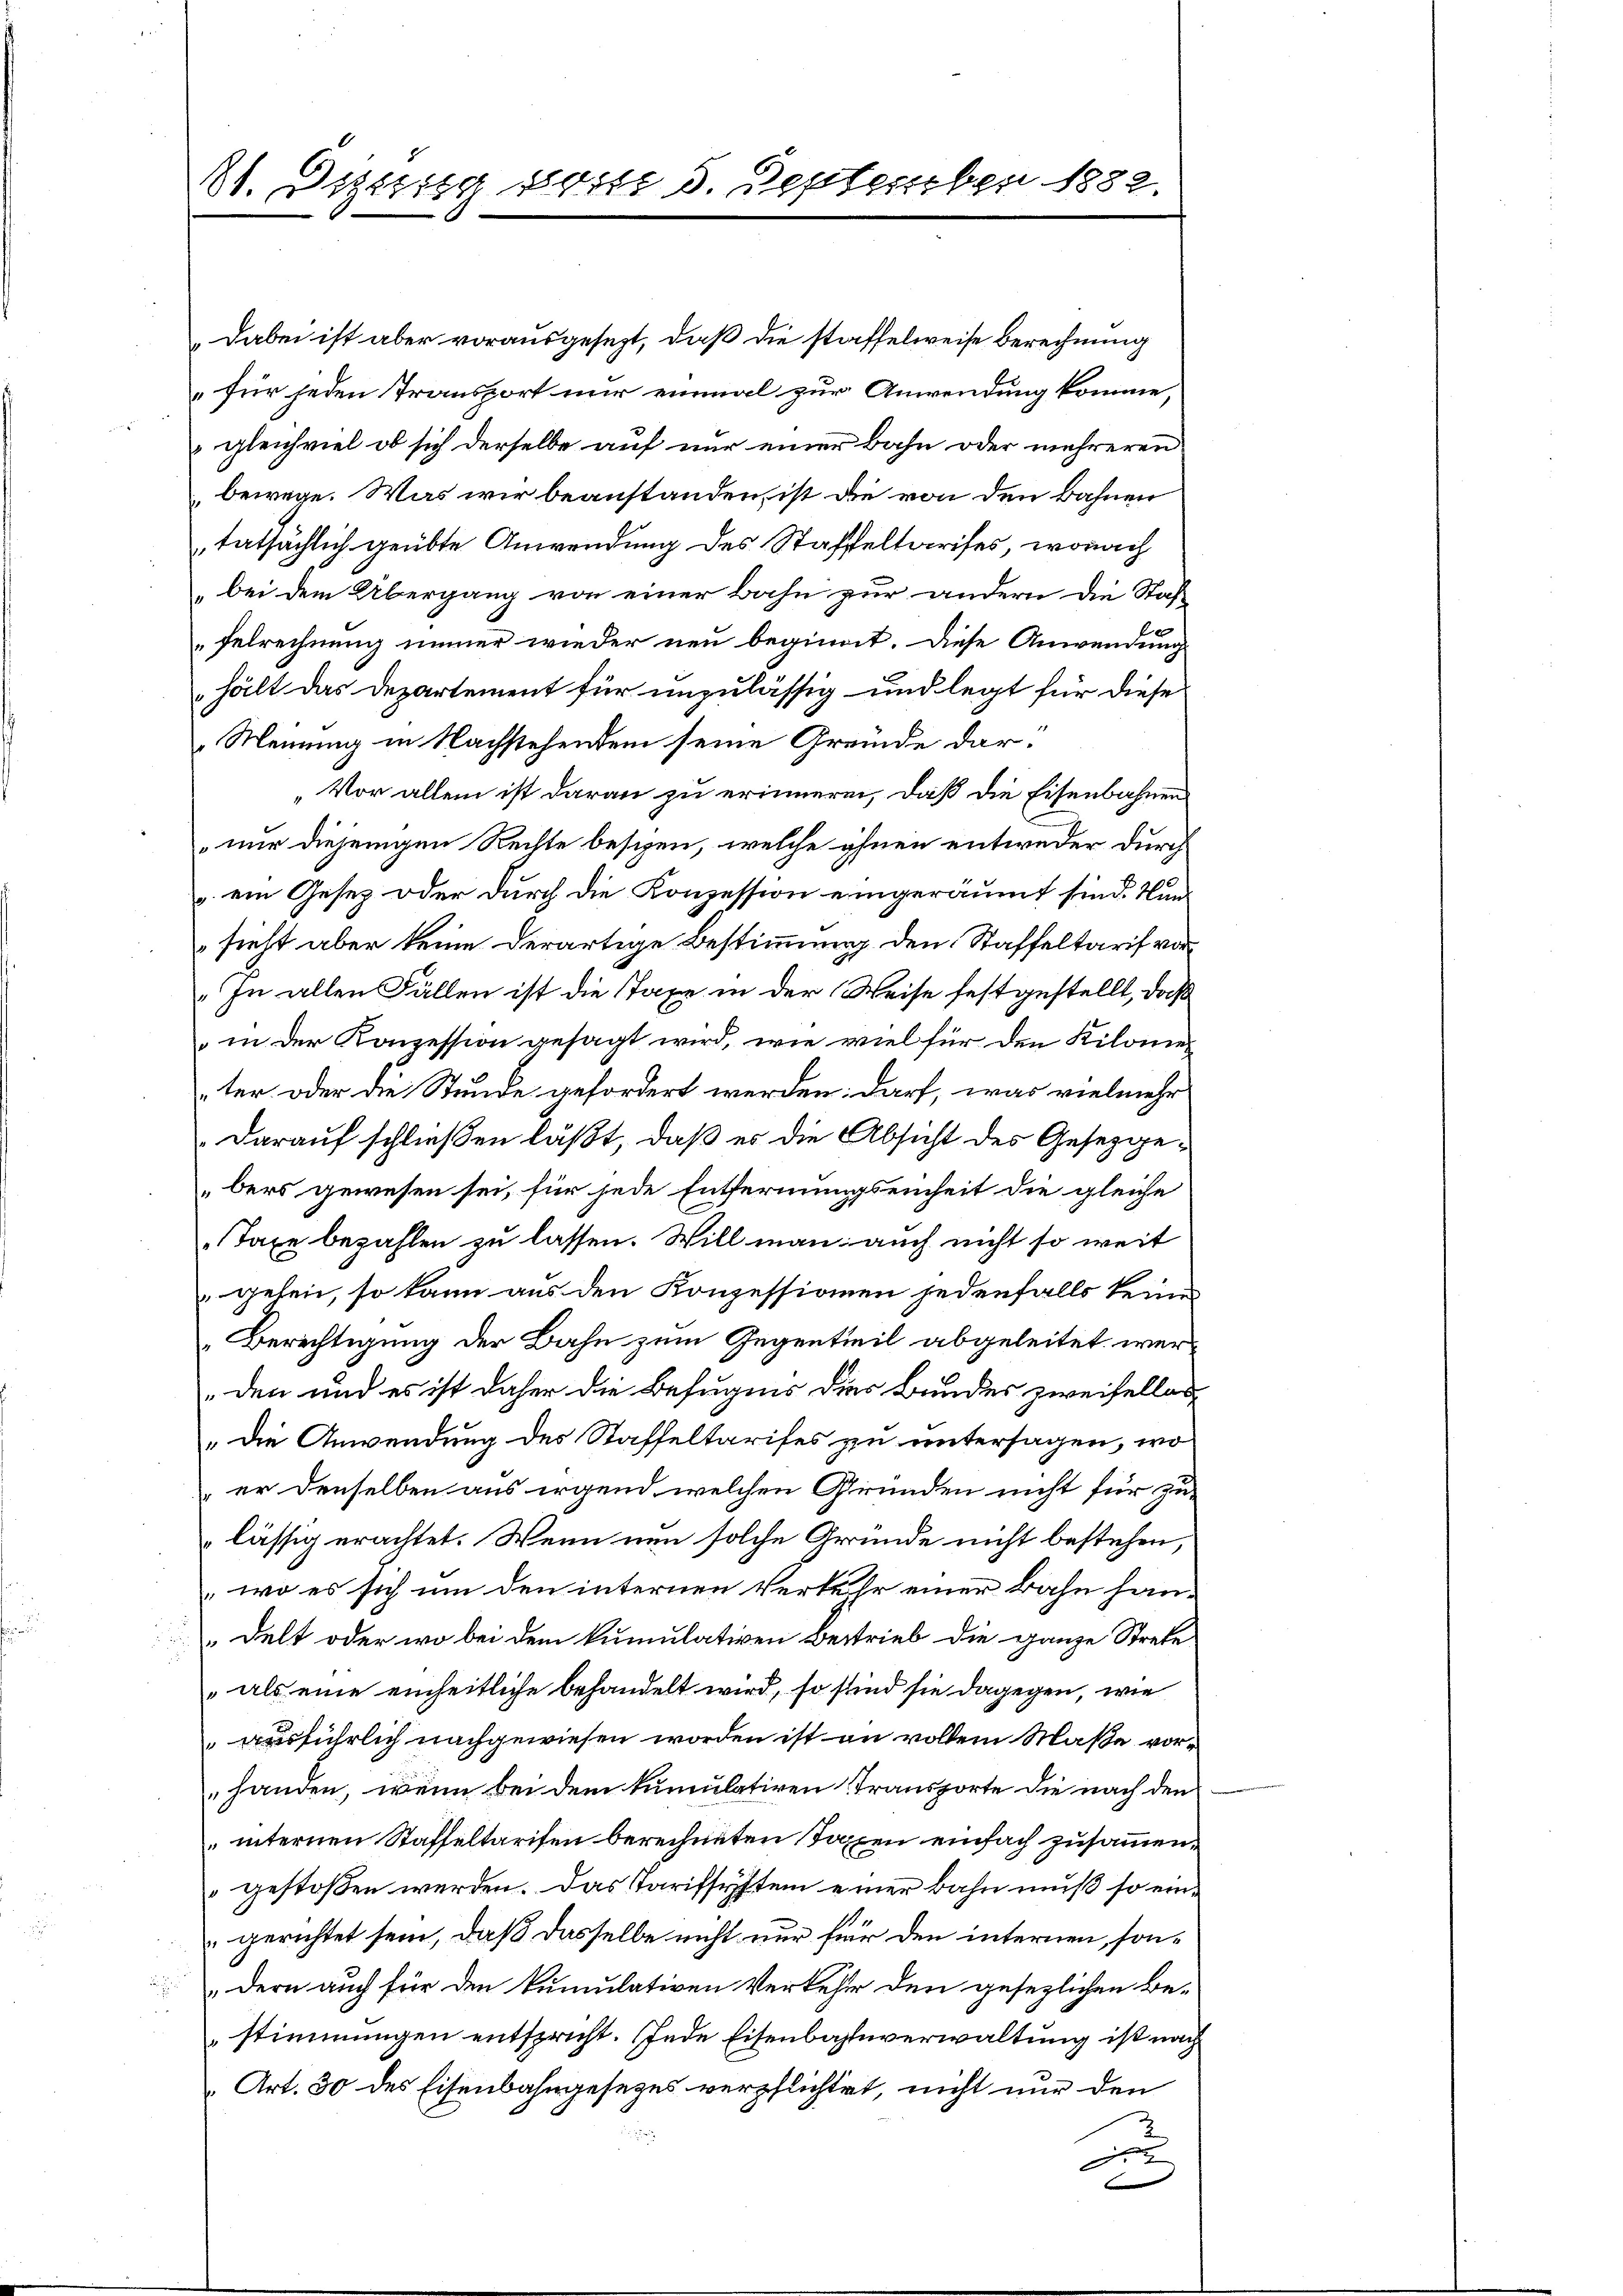
31. Dietzig von 5. September 1882.

Dabei ist aber vorausgesezt, daß die staffelweise Berechnung
für jeden Transport nur einmal zur Anwendung komme,
gleichviel ob sich derselbe auf nur einer Bahn oder mehreren
bewege. Was wir beanstanden, ist die von den Bahnen
tatsächlich geübte Anwendung des Staffeltarises, wonach
„bei dem Übergang von einer Bahn zur andern die Staf-
Felrechnung immer wieder neu beginnt. Diese Anwendung
hält das Departement für unzulässig und legt für diese
Meinung in Nachstehendem seine Gremde dar¬
„Vor allem ist daran zu erinneren, daß die Eisenbahnen
nur diejenigen Rechte beschen, welche ihnen entweder durch
 ein Gesez oder durch die Konzession eingeräumt sind. Nun
sieht aber keine derartige Bestimmung den Staffeltarif vor¬
„In allen Fällen ist die Taxe in der Weise festgestellt, daß
 in der Konzession gesagt wird, wie viel für den Kilonier
ter oder die Stunde gefordert werden: darf, was vielmehr
darauf schließen läßt, daß er die Absicht des Gesetzgebers gewesen sei, für jede Entfernungseinheit die gleiche
Taxe bezahlen zu lassen. Will man auch nicht so weit
gehen, so kann aus den Konzessionien jedenfalls keines
Berechtigung der Bahn zum Gegenteil abgeleitet werden und es ist daher die Befugnis dies Bundes zweifellos
„Die Anwendung des Staffeltarises zu untersagen, wo
er denselben aus irgend welchen Gründen nicht für zu-
lässig erachtet. Wenn nun solche Gründe nicht bestehen,
" wo es sich um den internen Verkehr einer Bahn handelt oder wo bei dem kumulativen Bestrieb die ganze Strete

 als eine einheitliche behandelt wird, so sind sie dagegen, wie
ausführlich nachgewiesen worden ist an vollem Maße vorhanden, wenn bei dem kumulativen Transporte die nach den
internen Staffeltarifen berechneten Taxen einfach zusammengestoßen werden. Das Tarifsystem einer Bahn muß so eingerichtet sein, daß dasselbe nicht nur für den internen, sondern auch für den kumulativen Verkehr den gesezlichen Be-
stimmungen entspricht. Jede Eisenbahnverwaltung ist nach
Art. 30 des Eisenbahngesezes verpflichtet, nicht nur den
x